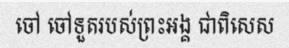
ចៅ ចៅទួតរបស់ព្រះអង្គ ជាពិសេស